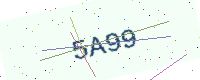
Text: 5A99